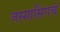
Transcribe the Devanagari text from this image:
जस्सासिंगचे